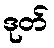
ဒုတ်